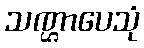
သဏ္ဌာပေသုံ